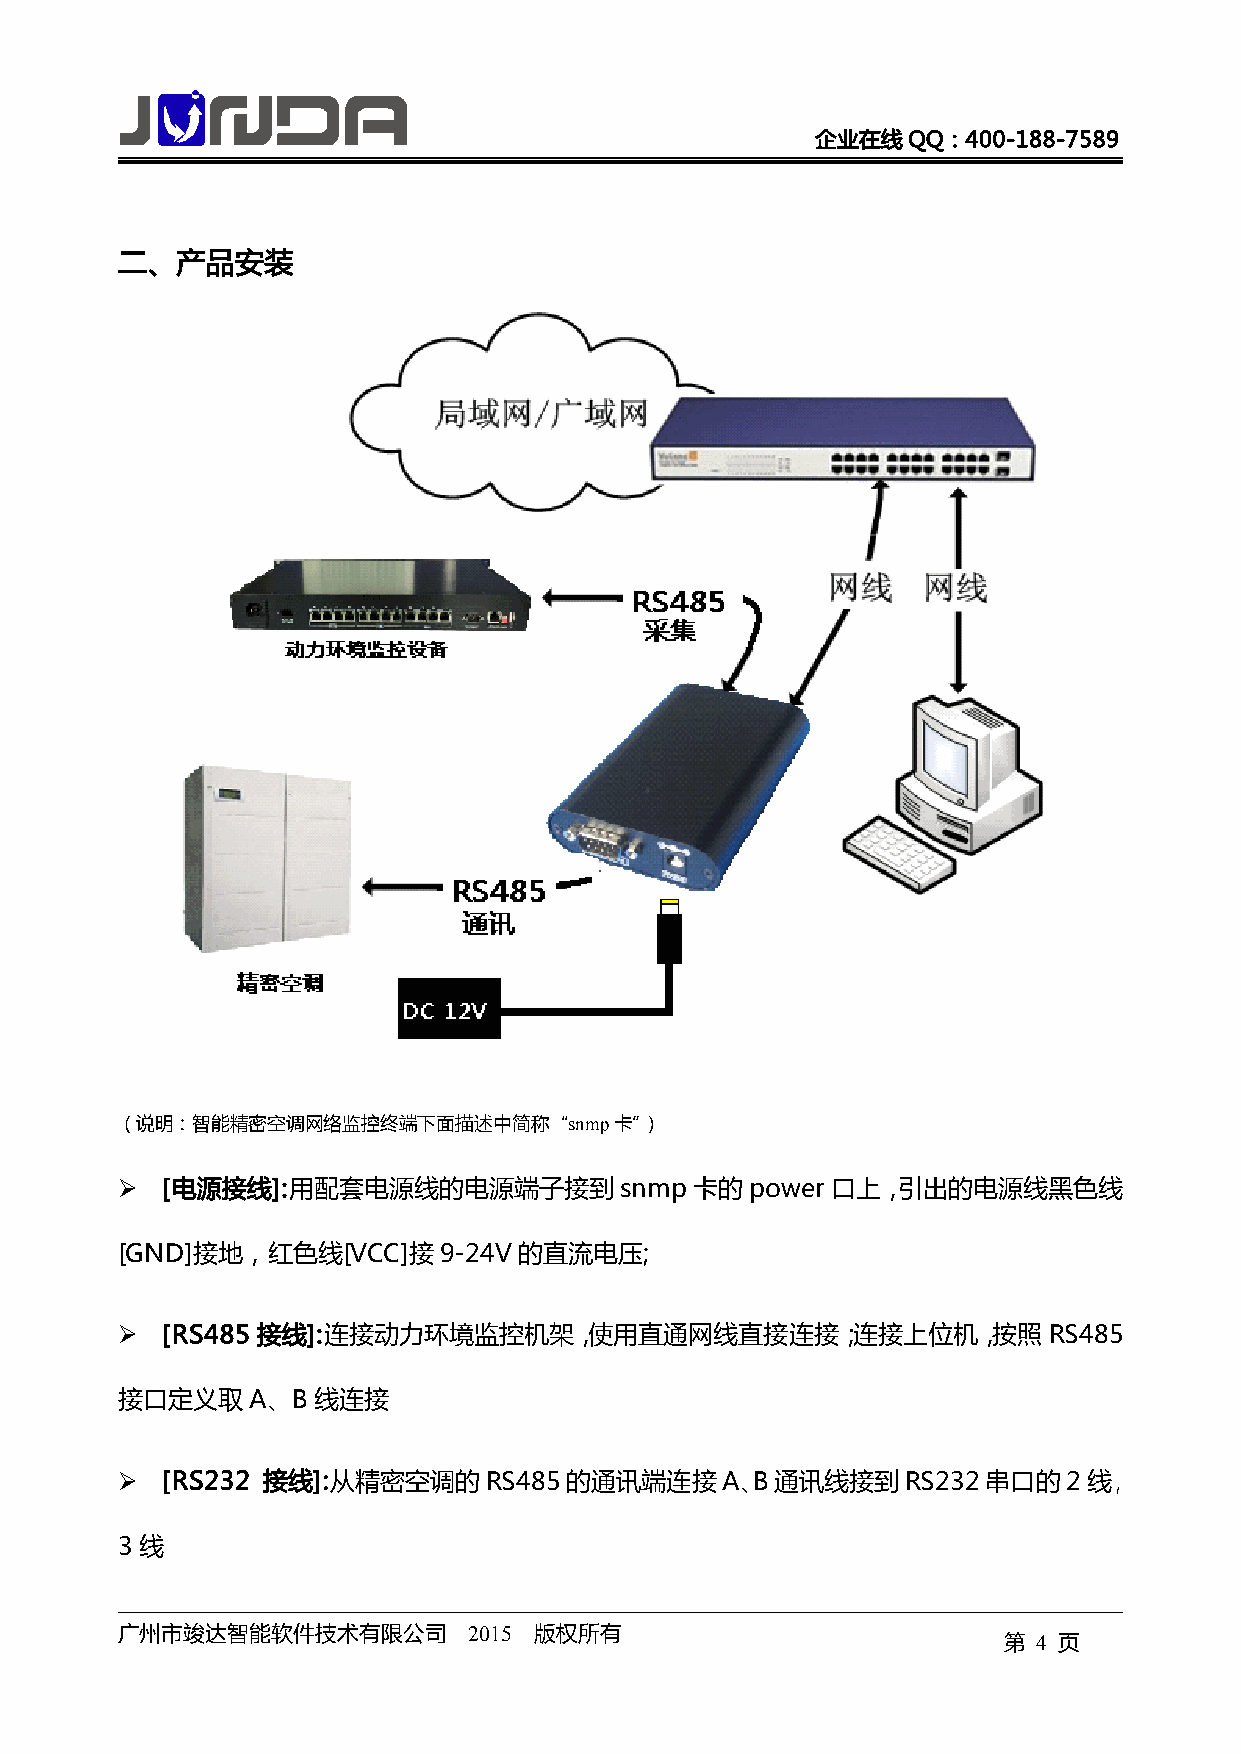
企业在线QQ：400-188-7589
 二、产品安装
 （说明：智能精密空调网络监控终端下面描述中简称“snmp卡”）
 �  [电源接线]:用配套电源线的电源端子接到          snmp卡的power口上，引出的电源线黑色线
 [GND]接地，红色线[VCC]接9-24V的直流电压;
 �  [RS485 接线]:连接动力环境监控机架，使用直通网线直接连接；连接上位机，按照RS485
 接口定义取A、B     线连接
 �  [RS232 接线]:从精密空调的RS485的通讯端连接A、B通讯线接到RS232串口的2线，
 3线
 广州市竣达智能软件技术有限公司        2015 版权所有
 第  4 页